Indian journal of veterinary science and animal husbandry - Volume 3,
Year: 1933
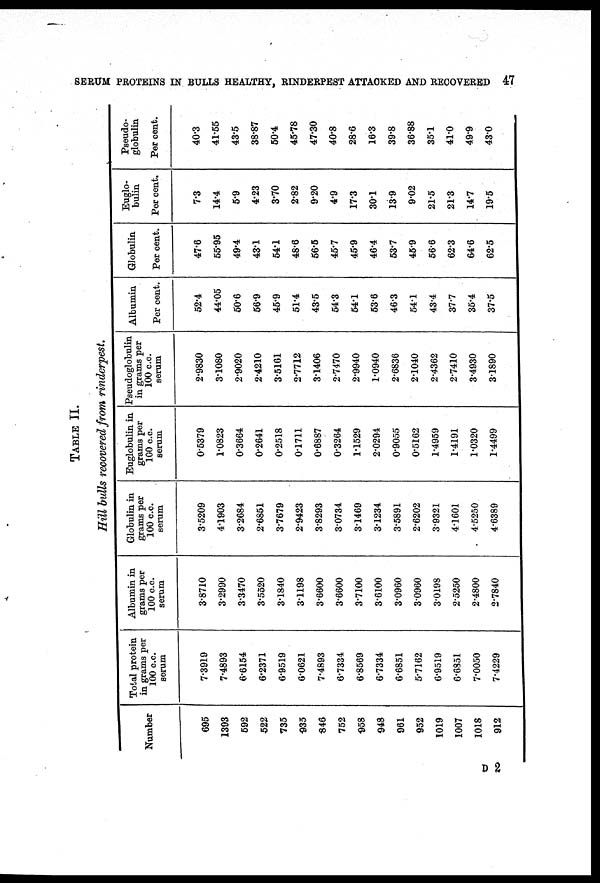
SERUM PROTEINS IN BULLS HEALTHY, RINDERPEST ATTACKED AND RECOVERED 47
TABLE II.
Hill bulls recovered from rinderpest.
Number
695
1393
592
522
735
935
846
752
958
948
961
952
1019
1007
1018
912
Total protein
in grams per
100 c.c.
serum
7.3919
7.4893
6.6154
6.2371
6.9519
6.0621
7.4893
6.7334
6.8569
6.7334
6.6851
5.7162
6.9519
6.6851
7.0050
7.4229
Albumin in
grams per
100 c.c.
serum
3.8710
3.2990
3.3470
3.5520
3.1840
3.1198
3.6600
3.6600
3.7100
3.6100
3.0960
3.0960
3.0198
2.5250
2.4800
2.7840
Globulin in
grams per
100 c.c.
serum
3.5209
4.1903
3.2684
2.6851
3.7679
2.9423
3.8293
3.0734
3.1469
3.1234
3.5891
2.6202
3.9321
4.1601
4.5250
4.6389
Euglobulin in
grams per
100 c.c.
serum
0.5379
1.0823
0.3664
0.2641
0.2518
0.1711
0.6887
0.3264
1.1529
2.0294
0.9055
0.5162
1.4959
1.4191
1.0320
1.4499
Pseudoglobulin
in grams per
100 c.c.
serum
2.9830
3.1080
2.9020
2.4210
3.5161
2.7712
3.1406
2.7470
2.9940
1.0940
2.6836
2.1040
2.4362
2.7410
3.4930
3.1890
Albumin
Per cent.
52.4
44.05
50.6
56.9
45.9
51.4
43.5
54.3
54.1
53.6
46.3
54.1
43.4
37.7
35.4
37.5
Globulin
Per cent.
47.6
55.95
49.4
43.1
54.1
48.6
56.5
45.7
45.9
46.4
53.7
45.9
56.6
62.3
64.6
62.5
Euglo-
bulin
Per cent.
7.3
14.4
5.9
4.23
3.70
2.82
9.20
4.9
17.3
30.1
13.9
9.02
21.5
21.3
14.7
19.5
Pseudo-
globulin
Per cent.
40.3
41.55
43.5
38.87
50.4
45.78
47.30
40.8
28.6
16.3
39.8
36.88
35.1
41.0
49.9
43.0
D 2